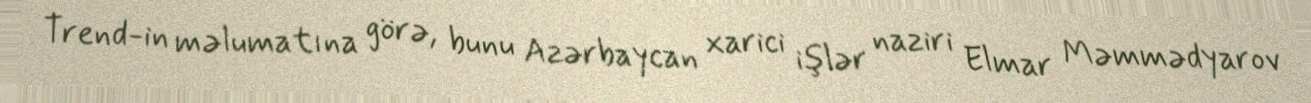
Trend-in məlumatına görə, bunu Azərbaycan xarici işlər naziri Elmar Məmmədyarov